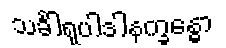
သင်္ခါရုပါဒါနက္ခန္ဓော